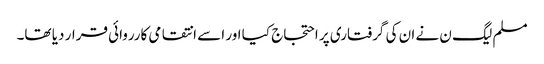
مسلم لیگ ن نے ان کی گرفتاری پر احتجاج کیا اور اسے انتقامی کارروائی قرار دیا تھا۔